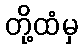
တို့ထံမှ